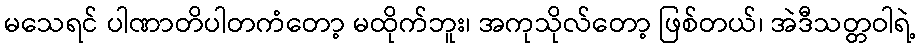
မသေရင် ပါဏာတိပါတကံတော့ မထိုက်ဘူး၊ အကုသိုလ်တော့ ဖြစ်တယ်၊ အဲဒီသတ္တဝါရဲ့